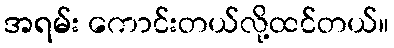
အရမ်း ကောင်းတယ်လို့ထင်တယ်။